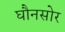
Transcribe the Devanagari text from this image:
घौनसोर